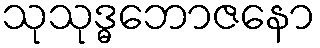
သုသုဒ္ဓဘောဇနော